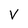
Character: V